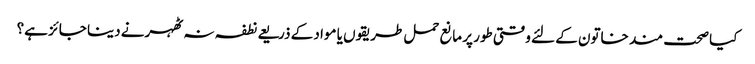
کیا صحت مند خاتون کے لئے وقتی طور پر مانع حمل طریقوں یا مواد کے ذریعے نطفہ نہ ٹھہرنے دینا جائز ہے؟